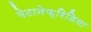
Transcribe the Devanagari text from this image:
मेटानेफ्रिडिया